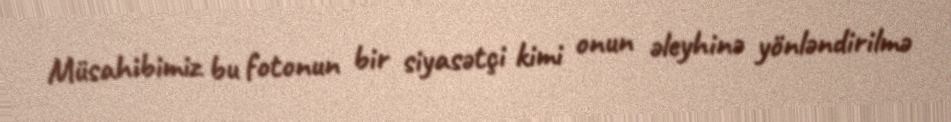
Müsahibimiz bu fotonun bir siyasətçi kimi onun əleyhinə yönləndirilmə